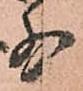
少